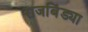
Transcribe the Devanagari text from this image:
राजबिंड्या